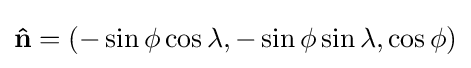
\mathbf {\hat {n}} =(-\sin \phi \cos \lambda ,-\sin \phi \sin \lambda ,\cos \phi )